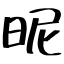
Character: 昵